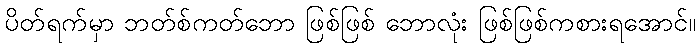
ပိတ်ရက်မှာ ဘတ်စ်ကတ်ဘော ဖြစ်ဖြစ် ဘောလုံး ဖြစ်ဖြစ်ကစားရအောင်။